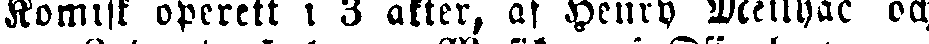
Komisk operett i 3 akter, af Henry Meilhac och